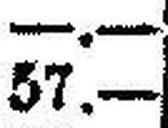
57.—